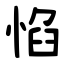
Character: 惂